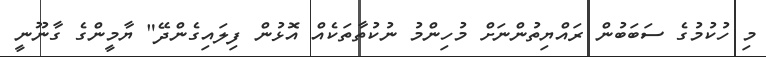
މި ހުކުމުގެ ސަބަބުން ރައްޔިތުންނަށް މުހިންމު ނުކުތާތަކެއް އޮޅުން ފިލައިގެންދޭ" ޔާމީންގެ ގާނޫނީ